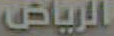
الرياض